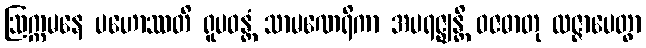
ဩက္ကမနေ ပဟောဿတိ ရူပဝန္တံ သာမဏေရိကာ အပရဇ္ဈန္တိ ဝဇဓာတု လဇ္ဇာပေတွာ